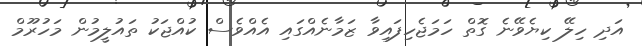
އަދި ހިލޭ ކިޔެވޭނެ ގޮތް ހަމަޖެހިފައިވާ ޒަމާނެއްގައި އެއްވެސް ކުއްޖަކު ތައުލީމުން މަހުރޫމް